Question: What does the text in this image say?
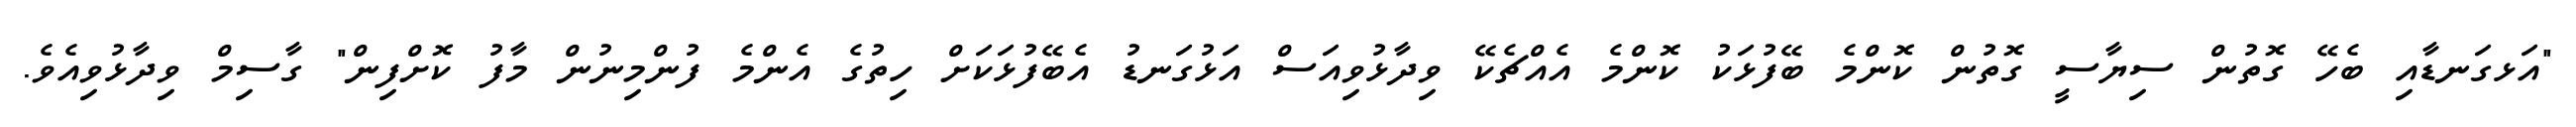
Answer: "އަޅގަނޑާއި ބެހޭ ގޮތުން ސިޔާސީ ގޮތުން ކޮންމެ ބޭފުޅަކު ކޮންމެ އެއްޗެކޭ ވިދާޅުވިއަސް އަޅުގަނޑު އެބޭފުޅަކަށް ހިތުގެ އެންމެ ފުންމިނުން މާފު ކޮށްފިން" ގާސިމް ވިދާޅުވިއެވެ.